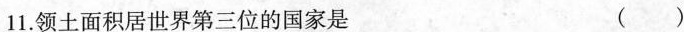
11.领土面积居世界第三位的国家是 ()